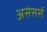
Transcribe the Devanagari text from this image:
असेसर्स